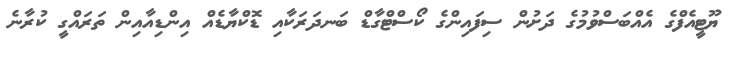
ޔޫޓީއެފްގެ އެއްބަސްވުުމުގެ ދަށުން ސިފައިންގެ ކޯސްޓްގާޑް ބަނދަރަކާއި ޑޮކްޔާޑެއް އިންޑިއާއިން ތަރައްގީ ކުރާނެ